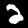
Label: 2